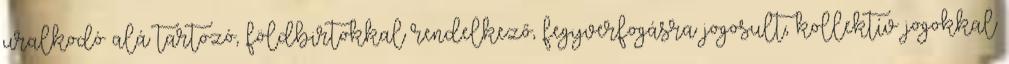
uralkodó alá tartozó, földbirtokkal rendelkező, fegyverfogásra jogosult, kollektív jogokkal